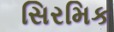
સિરમિક